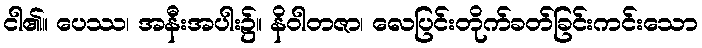
ငါ၏။ ပေဿ၊ အနီးအပါး၌။ နိဝါတဇာ၊ လေပြင်းတိုက်ခတ်ခြင်းကင်းသော